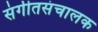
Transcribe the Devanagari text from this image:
संगीतसंचालक